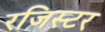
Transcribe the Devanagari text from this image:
रजिस्टर